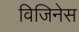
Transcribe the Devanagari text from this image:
विजिनेस